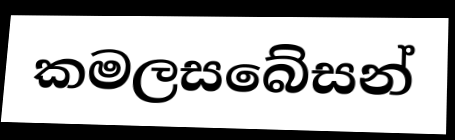
කමලසබේසන්